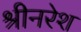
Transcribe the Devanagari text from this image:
श्रीनरेश